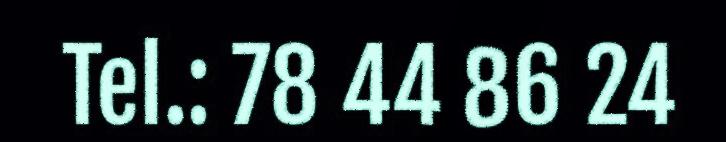
Tel.: 78 44 86 24